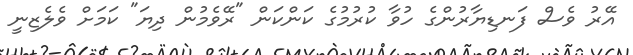
އޭރު ވެސް ފަނޑިޔާރުންގެ ހުވާ ކުރުމުގެ ކަންކަން "ރޭވެމުން ދިޔަ" ކަމަށް ވެލެޒިނީ